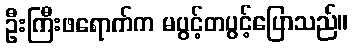
ဦးကြီးဖရောက်က မပွင့်တပွင့်ပြောသည်။